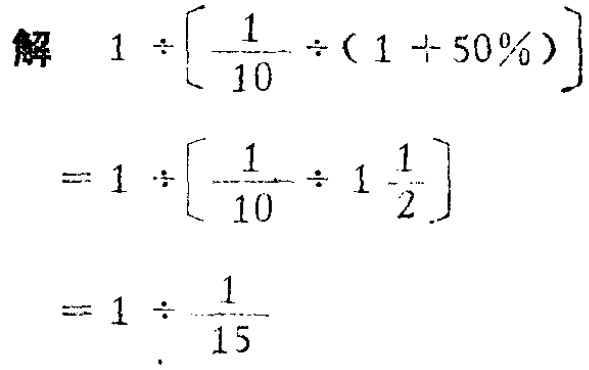
\[

\begin{align*}

&解\quad1\div\left[\frac{1}{10}\div(1\div50\%)\right]\\

&=1\div\left[\frac{1}{10}\div1\frac{1}{2}\right]\\

&=1\div\frac{1}{15}

\end{align*}

\]